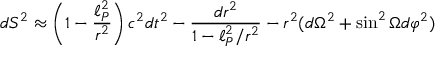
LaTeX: d S ^ { 2 } \approx \left( 1 - { \frac { \ell _ { P } ^ { 2 } } { r ^ { 2 } } } \right) c ^ { 2 } d t ^ { 2 } - { \frac { d r ^ { 2 } } { 1 - { \ell _ { P } ^ { 2 } } / { r ^ { 2 } } } } - r ^ { 2 } ( d \Omega ^ { 2 } + \sin ^ { 2 } \Omega d \varphi ^ { 2 } )